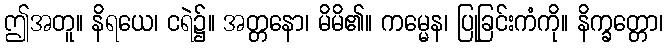
ဤအတူ။ နိရယေ၊ ငရဲ၌။ အတ္တနော၊ မိမိ၏။ ကမ္မေန၊ ပြုခြင်းကံကို။ နိက္ခတ္တော၊